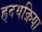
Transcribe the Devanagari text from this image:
ह्रृदयक्रिया